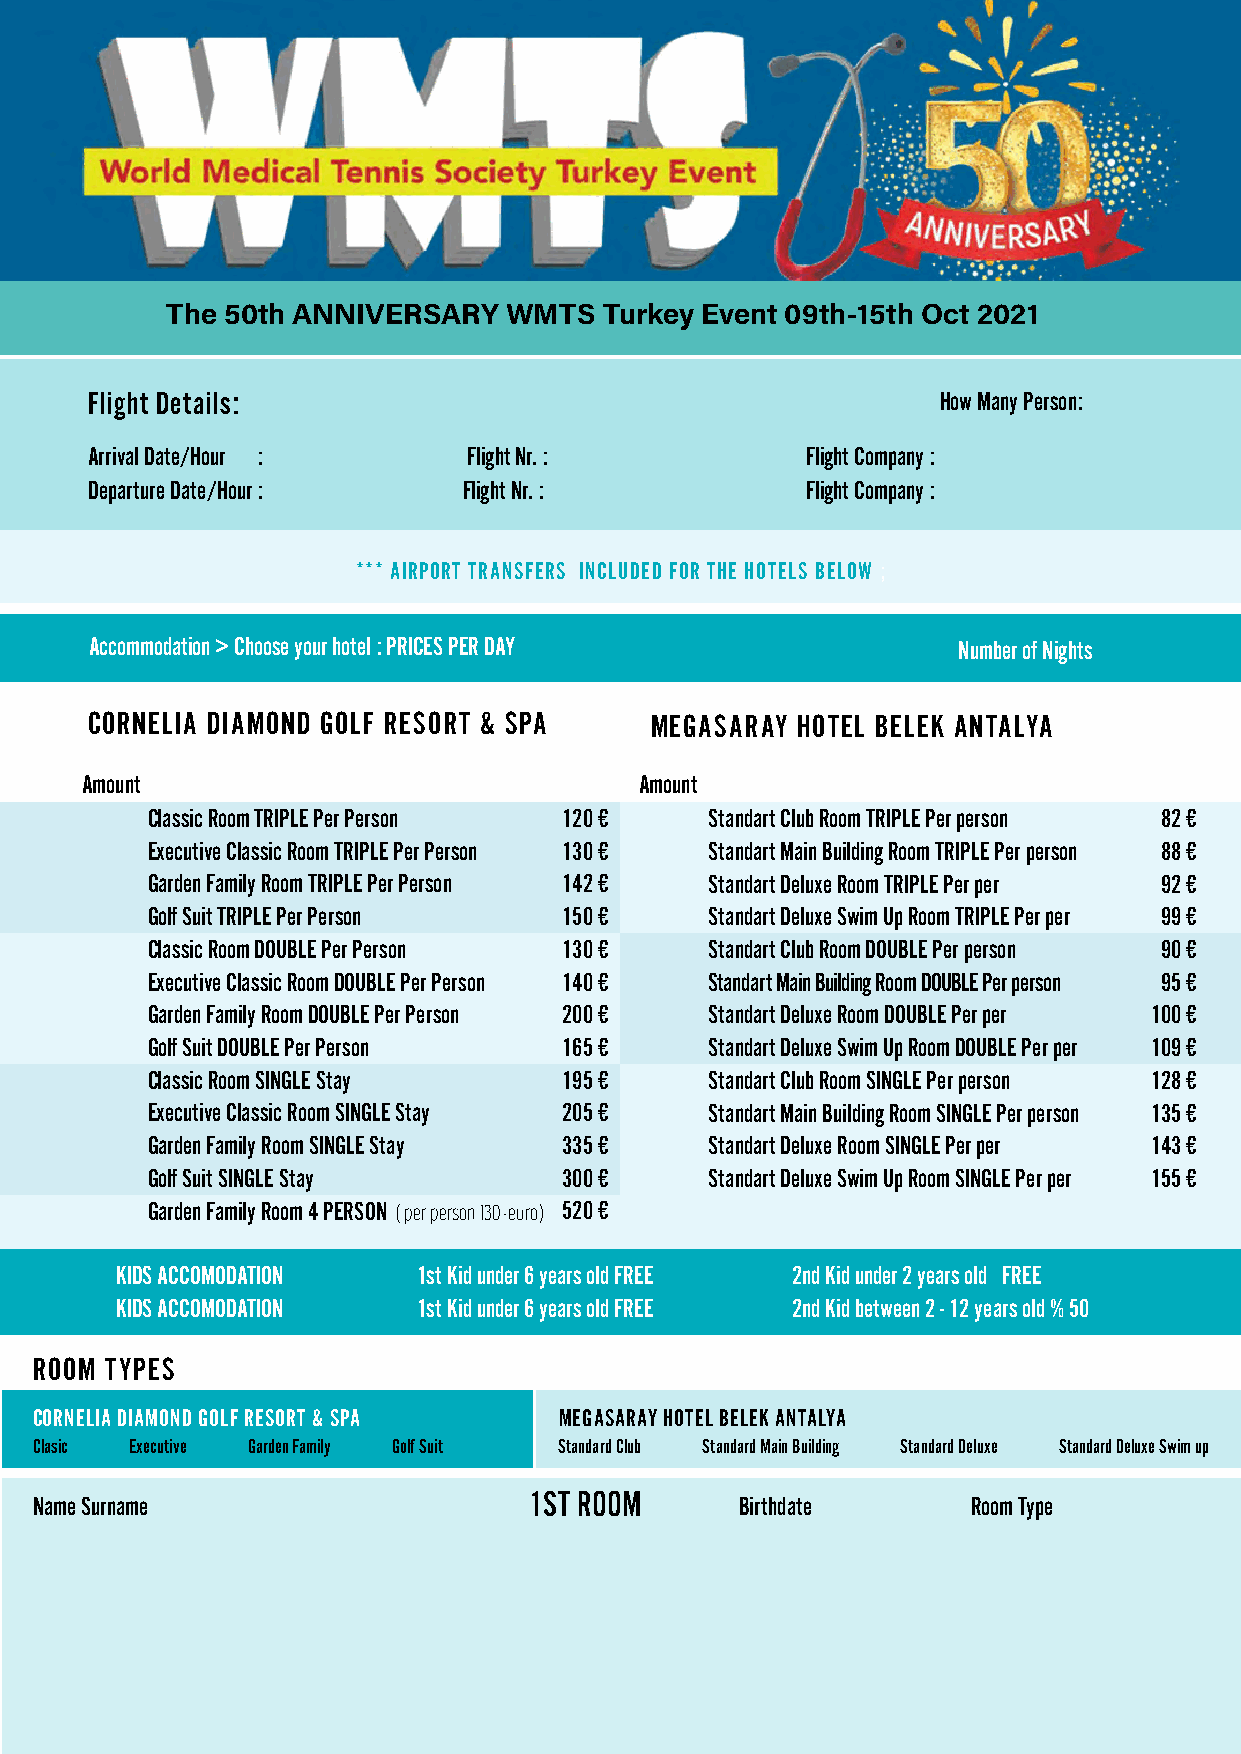
The 50th ANNIVERSARY   WMTS  Turkey Event 09th-15th Oct 2021
 Flight Details:                                         How Many Person:
 Arrival Date/Hour :      Flight Nr. :          Flight Company :
 Departure Date/Hour :    Flight Nr. :          Flight Company :
 *** AIRPORT TRANSFERS INCLUDED FOR THE HOTELS BELOW ;
 Accommodation > Choose your hotel : PRICES PER DAY       Number of Nights
 CORNELIA DIAMOND GOLF RESORT & SPA   MEGASARAY HOTEL BELEK ANTALYA
 Amount                               Amount
 Classic Room TRIPLE Per Person 120 € Standart Club Room TRIPLE Per person 82 €
 Executive Classic Room TRIPLE Per Person 130 € Standart Main Building Room TRIPLE Per person 88 €
 Garden Family Room TRIPLE Per Person 142 € Standart Deluxe Room TRIPLE Per per 92 €
 Golf Suit TRIPLE Per Person 150 €    Standart Deluxe Swim Up Room TRIPLE Per per 99 €
 Classic Room DOUBLE Per Person 130 € Standart Club Room DOUBLE Per person 90 €
 Executive Classic Room DOUBLE Per Person 140 € Standart Main Building Room DOUBLE Per person 95 €
 Garden Family Room DOUBLE Per Person 200 € Standart Deluxe Room DOUBLE Per per 100 €
 Golf Suit DOUBLE Per Person 165 €    Standart Deluxe Swim Up Room DOUBLE Per per 109 €
 Classic Room SINGLE Stay   195 €     Standart Club Room SINGLE Per person 128 €
 Executive Classic Room SINGLE Stay 205 € Standart Main Building Room SINGLE Per person 135 €
 Garden Family Room SINGLE Stay 335 € Standart Deluxe Room SINGLE Per per 143 €
 Golf Suit SINGLE Stay      300 €     Standart Deluxe Swim Up Room SINGLE Per per 155 €
 Garden Family Room 4 PERSON ( per person 130.-euro) 520 €
 KIDS ACCOMODATION   1st Kid under 6 years old FREE 2nd Kid under 2 years old FREE
 KIDS ACCOMODATION   1st Kid under 6 years old FREE 2nd Kid between 2 - 12 years old % 50
 ROOM TYPES
 CORNELIA DIAMOND GOLF RESORT & SPA MEGASARAY HOTEL BELEK ANTALYA
 Clasic Executive Garden Family Golf Suit Standard Club Standard Main Building Standard Deluxe Standard Deluxe Swim up
 1ST ROOM
 Name Surname                                   Birthdate      Room Type